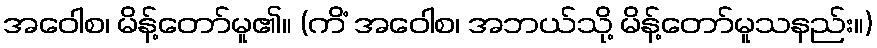
အဝေါစ၊ မိန့်တော်မူ၏။ (ကိံ အဝေါစ၊ အဘယ်သို့ မိန့်တော်မူသနည်း။)